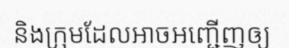
និងក្រុមដែលអាចអញ្ជើញឲ្យ